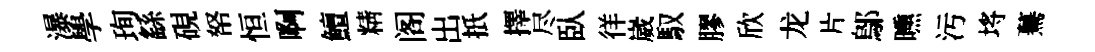
瀑學珣繇硯帑恒啊鱣精阁出扺擇尽臥徉崴馭膠欣龙片鄔曛污埓驀